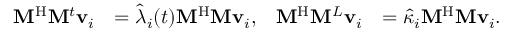
\begin{array} { r l r l } { \mathbf { M } ^ { \mathrm { H } } \mathbf { M } ^ { t } \mathbf { v } _ { i } } & { = \hat { \lambda } _ { i } ( t ) \mathbf { M } ^ { \mathrm { H } } \mathbf { M } \mathbf { v } _ { i } , } & { \mathbf { M } ^ { \mathrm { H } } \mathbf { M } ^ { L } \mathbf { v } _ { i } } & { = \hat { \kappa } _ { i } \mathbf { M } ^ { \mathrm { H } } \mathbf { M } \mathbf { v } _ { i } . } \end{array}